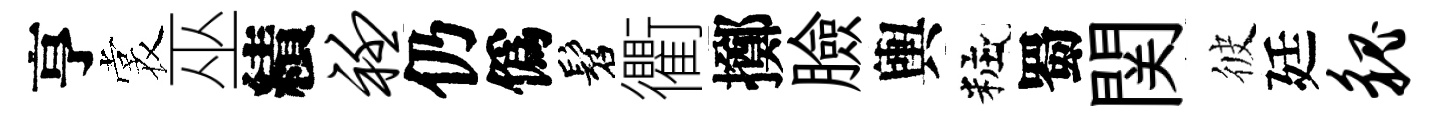
亨裳巫績衽仍僞髫衢擲臉輿粧蜀関彼廷貌